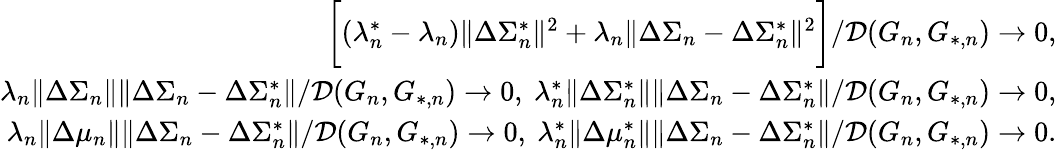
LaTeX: \begin{array}{r}{\biggr[(\lambda_{n}^{*}-\lambda_{n})\| \Delta\Sigma_{n}^{*}\| ^{2}+\lambda_{n}\| \Delta\Sigma_{n}-\Delta\Sigma_{n}^{*}\| ^{2}\biggr]/\mathcal{D}(G_{n},G_{*,n})\to 0,}\\ {\lambda_{n}\| \Delta\Sigma_{n}\| \| \Delta\Sigma_{n}-\Delta\Sigma_{n}^{*}\| /\mathcal{D}(G_{n},G_{*,n})\to 0,\ \lambda_{n}^{*}\| \Delta\Sigma_{n}^{*}\| \| \Delta\Sigma_{n}-\Delta\Sigma_{n}^{*}\| /\mathcal{D}(G_{n},G_{*,n})\to 0,}\\ {\lambda_{n}\| \Delta\mu_{n}\| \| \Delta\Sigma_{n}-\Delta\Sigma_{n}^{*}\| /\mathcal{D}(G_{n},G_{*,n})\to 0,\ \lambda_{n}^{*}\| \Delta\mu_{n}^{*}\| \| \Delta\Sigma_{n}-\Delta\Sigma_{n}^{*}\| /\mathcal{D}(G_{n},G_{*,n})\to 0.}\end{array}